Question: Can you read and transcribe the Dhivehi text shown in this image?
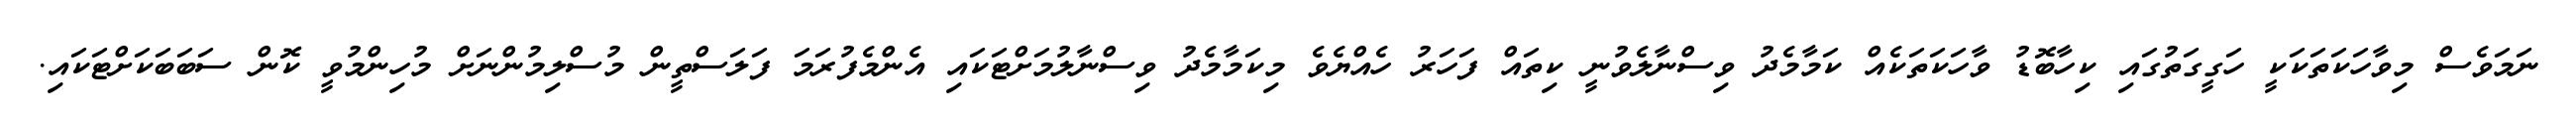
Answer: ނަމަވެސް މިވާހަކަތަކަކީ ހަގީގަތުގައި ކިހާބޮޑު ވާހަކަތަކެއް ކަމާމެދު ވިސްނާލެވުނީ ކިތައް ފަހަރު ހެއްޔެވެ މިކަމާމެދު ވިސްނާލުމަށްޓަކައި އެންމެފުރަމަ ފަލަސްތީން މުސްލިމުންނަށް މުހިންމުވީ ކޮން ސަބަބަކަށްޓަކައި.